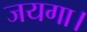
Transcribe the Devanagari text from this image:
जयगा।